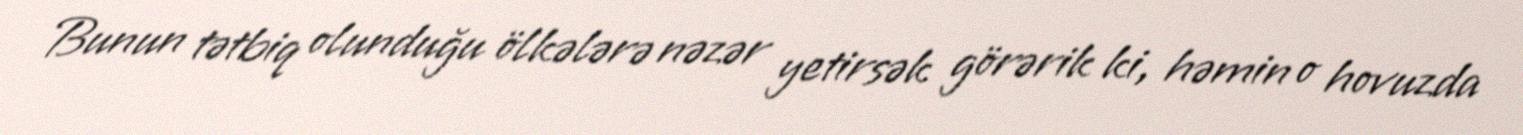
Bunun tətbiq olunduğu ölkələrə nəzər yetirsək görərik ki, həmin o hovuzda